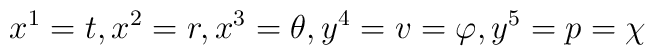
x^{1}=t,x^{2}=r,x^{3}=\theta ,y^{4}=v=\varphi ,y^{5}=p=\chi